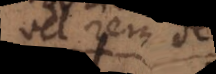
vel per se